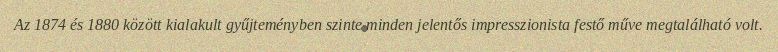
Az 1874 és 1880 között kialakult gyűjteményben szinte minden jelentős impresszionista festő műve megtalálható volt.